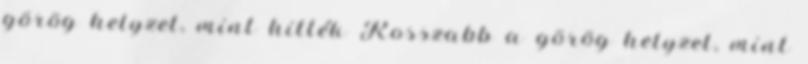
görög helyzet, mint hitték Rosszabb a görög helyzet, mint